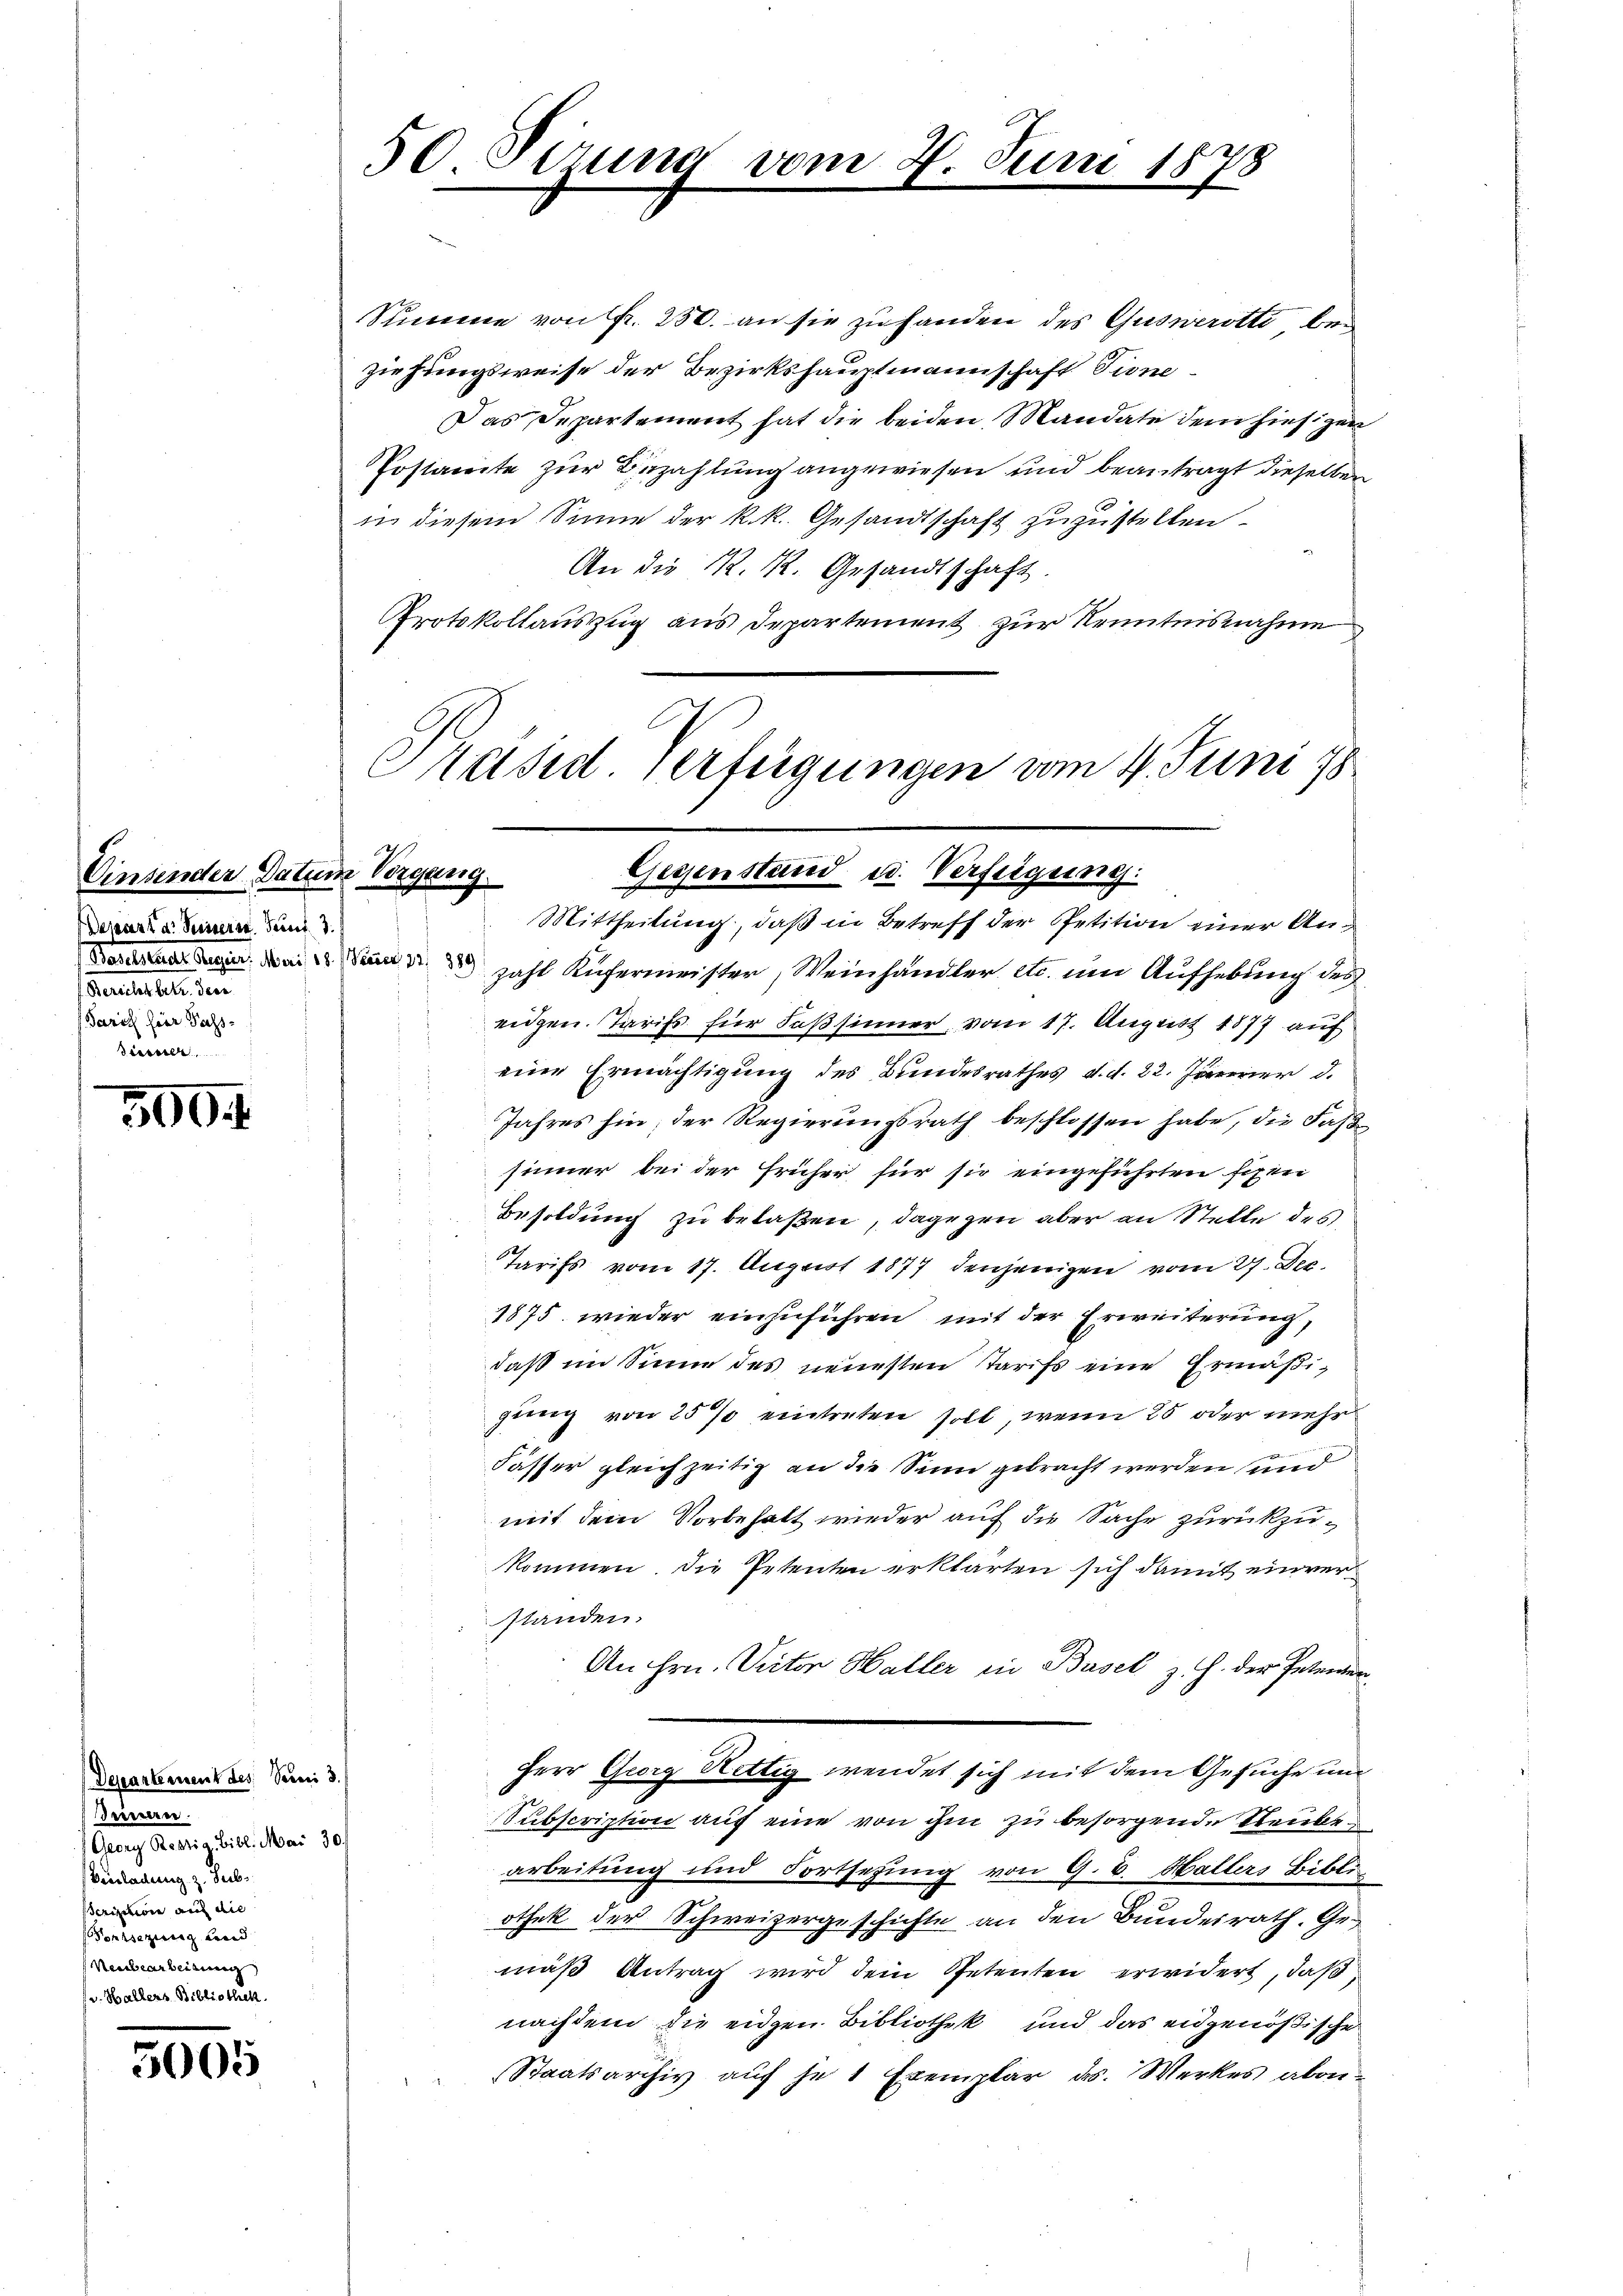
Einsender Datum Vergang.
Dejesart dr Seineren Part. 3.
Pauliner Gegen. Mai 18
Berecht betr. den
Sarich herr Pass-
Siesser

5004

Departement des Seeni d.
Teireren.
Georg Restig. Bibl. Mai 30.
Benladung z. Suberizion auf die
Ponrsezung Brand
Neubearbeitung
v. Hallers Bibliothek.

5005

50 Perung vom 2. Juni 1878

Summe von fr. 250. an sie zu handen des Gusverotti bei
ziehungsweise der Bezirkshauptmannschaft Tione
Das Departement hat die beiden Mandate dem hiesigen
Postamte zur Bezahlung angewiesen und beantragt dieselben
in diesem Sinne der k. k. Gesandtschaft zuzustellen
An die K. R. Gesandtschaft.
Protokollauszug aus Departement zur Kenntnisnahme
Präsid. Verfügungen vom 4. Juni 18

Gegenstand u. Verfügung:

Mittheilung, daß in Betreff der Petition einer An¬
Peeser 12 889
zahl Küfermeister Weinhändler etc. um Aufhebung des
eidgen. Tarifs für Faßsinner, vom 17. August 1877 auf
eine Ermächtigung des Bundesrathes d. d. 22. Jänerier d.
Jahres hin; der Regierungsrath beschlossen habe, die Faß
sinner bei der früher für sie eingeführten figkei
Besoldung zu belaßen, dagegen aber an Stelle des
Tarifs vom 17. August 1877 denjenigen vom 27. Dec.
1875 wieder einzuführen mit der Erweiterung,
daß im Sinne des neuesten Tarifs eine Ermäßigung von 25% eintreten soll, wenn 25 oder mehr
Fässer gleichzeitig an die Sinn gebracht werden und
mit dem Vorbehalt wieder auf die Sache zurückzukommen. Die Petenten erklärten sich damit einverstanden.
An Hrn. Victor Haller in Basel z. Z. der Petenen
Herr Georg Nettig wendet sich mit dem Gesuche und
Subscription auf eine von ihm zu besorgende Reube
arbeitung und Fortsetzung von G. B. Hallers Bibli
othek der Schweizergeschichte an den Bundesrath. Gemäß Antrag wird dem Spetenten erwidert, daß
nachdem die eiden Bibliothek und das eidgenößische
Staatsarchiv auf je 1 Exemplar ds. Werkes abon¬